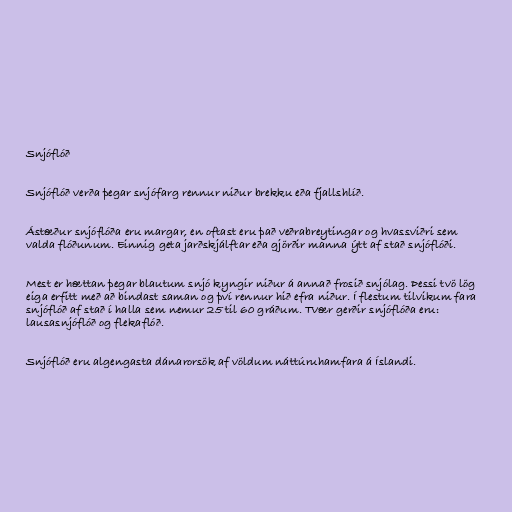
Snjóflóð

Snjóflóð verða þegar snjófarg rennur niður brekku eða fjallshlíð.

Ástæður snjóflóða eru margar, en oftast eru það veðrabreytingar og hvassviðri sem
valda flóðunum. Einnig geta jarðskjálftar eða gjörðir manna ýtt af stað snjóflóði.

Mest er hættan þegar blautum snjó kyngir niður á annað frosið snjólag. Þessi tvö lög
eiga erfitt með að bindast saman og því rennur hið efra niður. Í flestum tilvikum fara
snjóflóð af stað í halla sem nemur 25 til 60 gráðum. Tvær gerðir snjóflóða eru:
lausasnjóflóð og flekaflóð.

Snjóflóð eru algengasta dánarorsök af völdum náttúruhamfara á Íslandi.